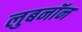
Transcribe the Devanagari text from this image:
लुबनॉन